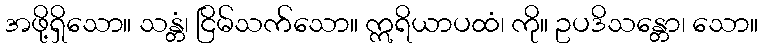
အဖို့ရှိသော။ သန္တံ၊ ငြိမ်သက်သော။ ဣရိယာပထံ၊ ကို။ ဥပဒိသန္တော၊ သော။